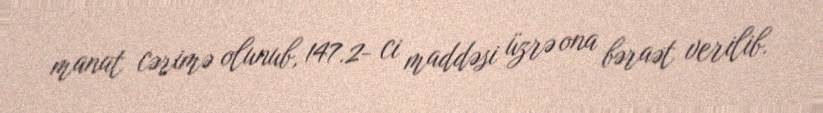
manat cərimə olunub, 147.2- ci maddəsi üzrə ona bəraət verilib.